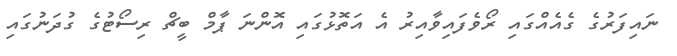
ނައިފަރުގެ ގެއެއްގައި ރޯވެފައިވާއިރު އެ އަތޮޅުގައި އޮންނަ ޕާމް ބީޗް ރިސޯޓުގެ ގުދަނުގައި